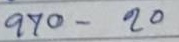
970 - 20